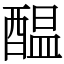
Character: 醖